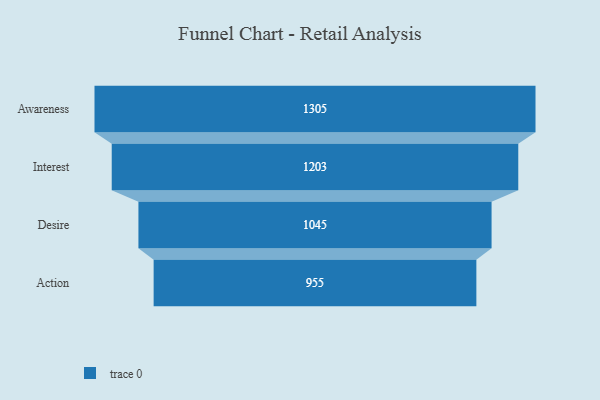
{"axis": {"x": "Stage", "y": "Value"}, "legend": [""], "data": [{"x": "Awareness", "y": 1305.0, "type": ""}, {"x": "Interest", "y": 1203.0, "type": ""}, {"x": "Desire", "y": 1045.0, "type": ""}, {"x": "Action", "y": 955.0, "type": ""}]}